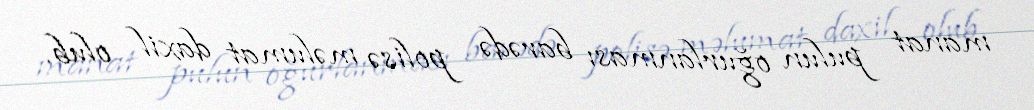
manat pulun oğurlanması barədə polisə məlumat daxil olub.